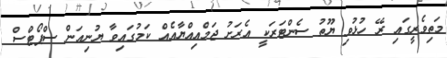
މަތިވެރީގައި ރޭ ހުޅުވި ޔޫތު ސެންޓަރަކީ އެރަށު ޖަމްއިއްޔާއެއް ކަމުގައިވާ ޔުނިއަން ސްޕޯޓްސް